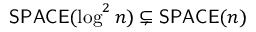
{ \mathsf { S P A C E } } ( \log ^ { 2 } n ) \subsetneq { \mathsf { S P A C E } } ( n )